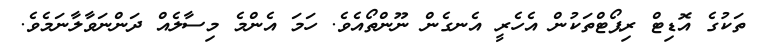
ތަކުގެ އޮޑިޓް ރިޕޯޓްތަކުން އެހެރީ އެނގެން ނޫންތޯއެވެ. ހަމަ އެންމެ މިސާލެއް ދަންނަވާލާނަމެވެ.